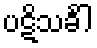
ပဋိသင်္ခါ